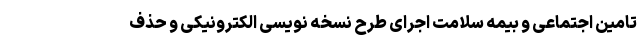
تامین اجتماعی و بیمه سلامت اجرای طرح نسخه نویسی الکترونیکی و حذف